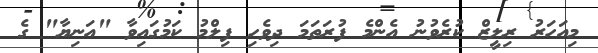
މިއަހަރު ރިލީޒް ކުރެވުނު އެންމެ ފުރަތަމަ ދިވެހި ފިލްމު ކަމުގައިވާ "އަނިޔާ" ގެ